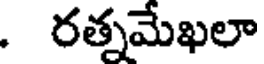
. రత్నమేఖలా